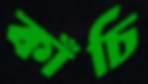
কাঁচি